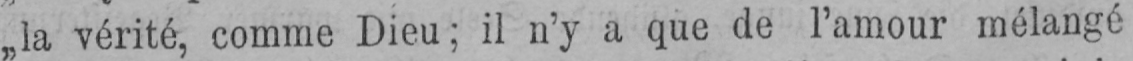
„la vérité, comme Dieu; il n’y a que de l’amour mélangé